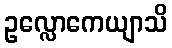
ဥလ္လောကေယျာသိ